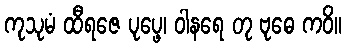
ကုသုမံ ထီရဇေ ပုပ္ဖေ၊ ဝါနရေ တု ဗုဓေ ကဝိ။